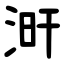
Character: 涆